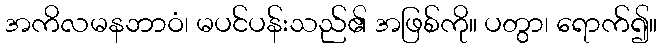
အကိလမနဘာဝံ၊ မပင်ပန်းသည်၏ အဖြစ်ကို။ ပတွာ၊ ရောက်၍။